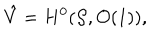
\hat { V } = H ^ { 0 } ( { \cal S } , { \cal O } ( 1 ) ) ,